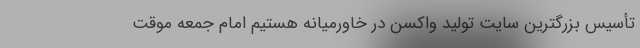
تأسیس بزرگترین سایت تولید واکسن در خاورمیانه هستیم امام جمعه موقت